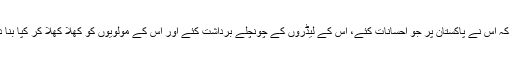
سعودی عرب سوچتا تو ہوگا کہ اس نے پاکستان پر جو احسانات کئے، اس کے لیڈروں کے چونچلے برداشت کئے اور اس کے مولویوں کو کھلا کھلا کر کپا بنا دیا تو اس نے کیا ثواب کمایا۔